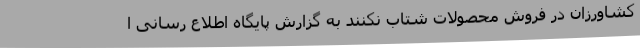
کشاورزان در فروش محصولات شتاب نکنند به گزارش پایگاه اطلاع رسانی ا